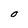
Character: O